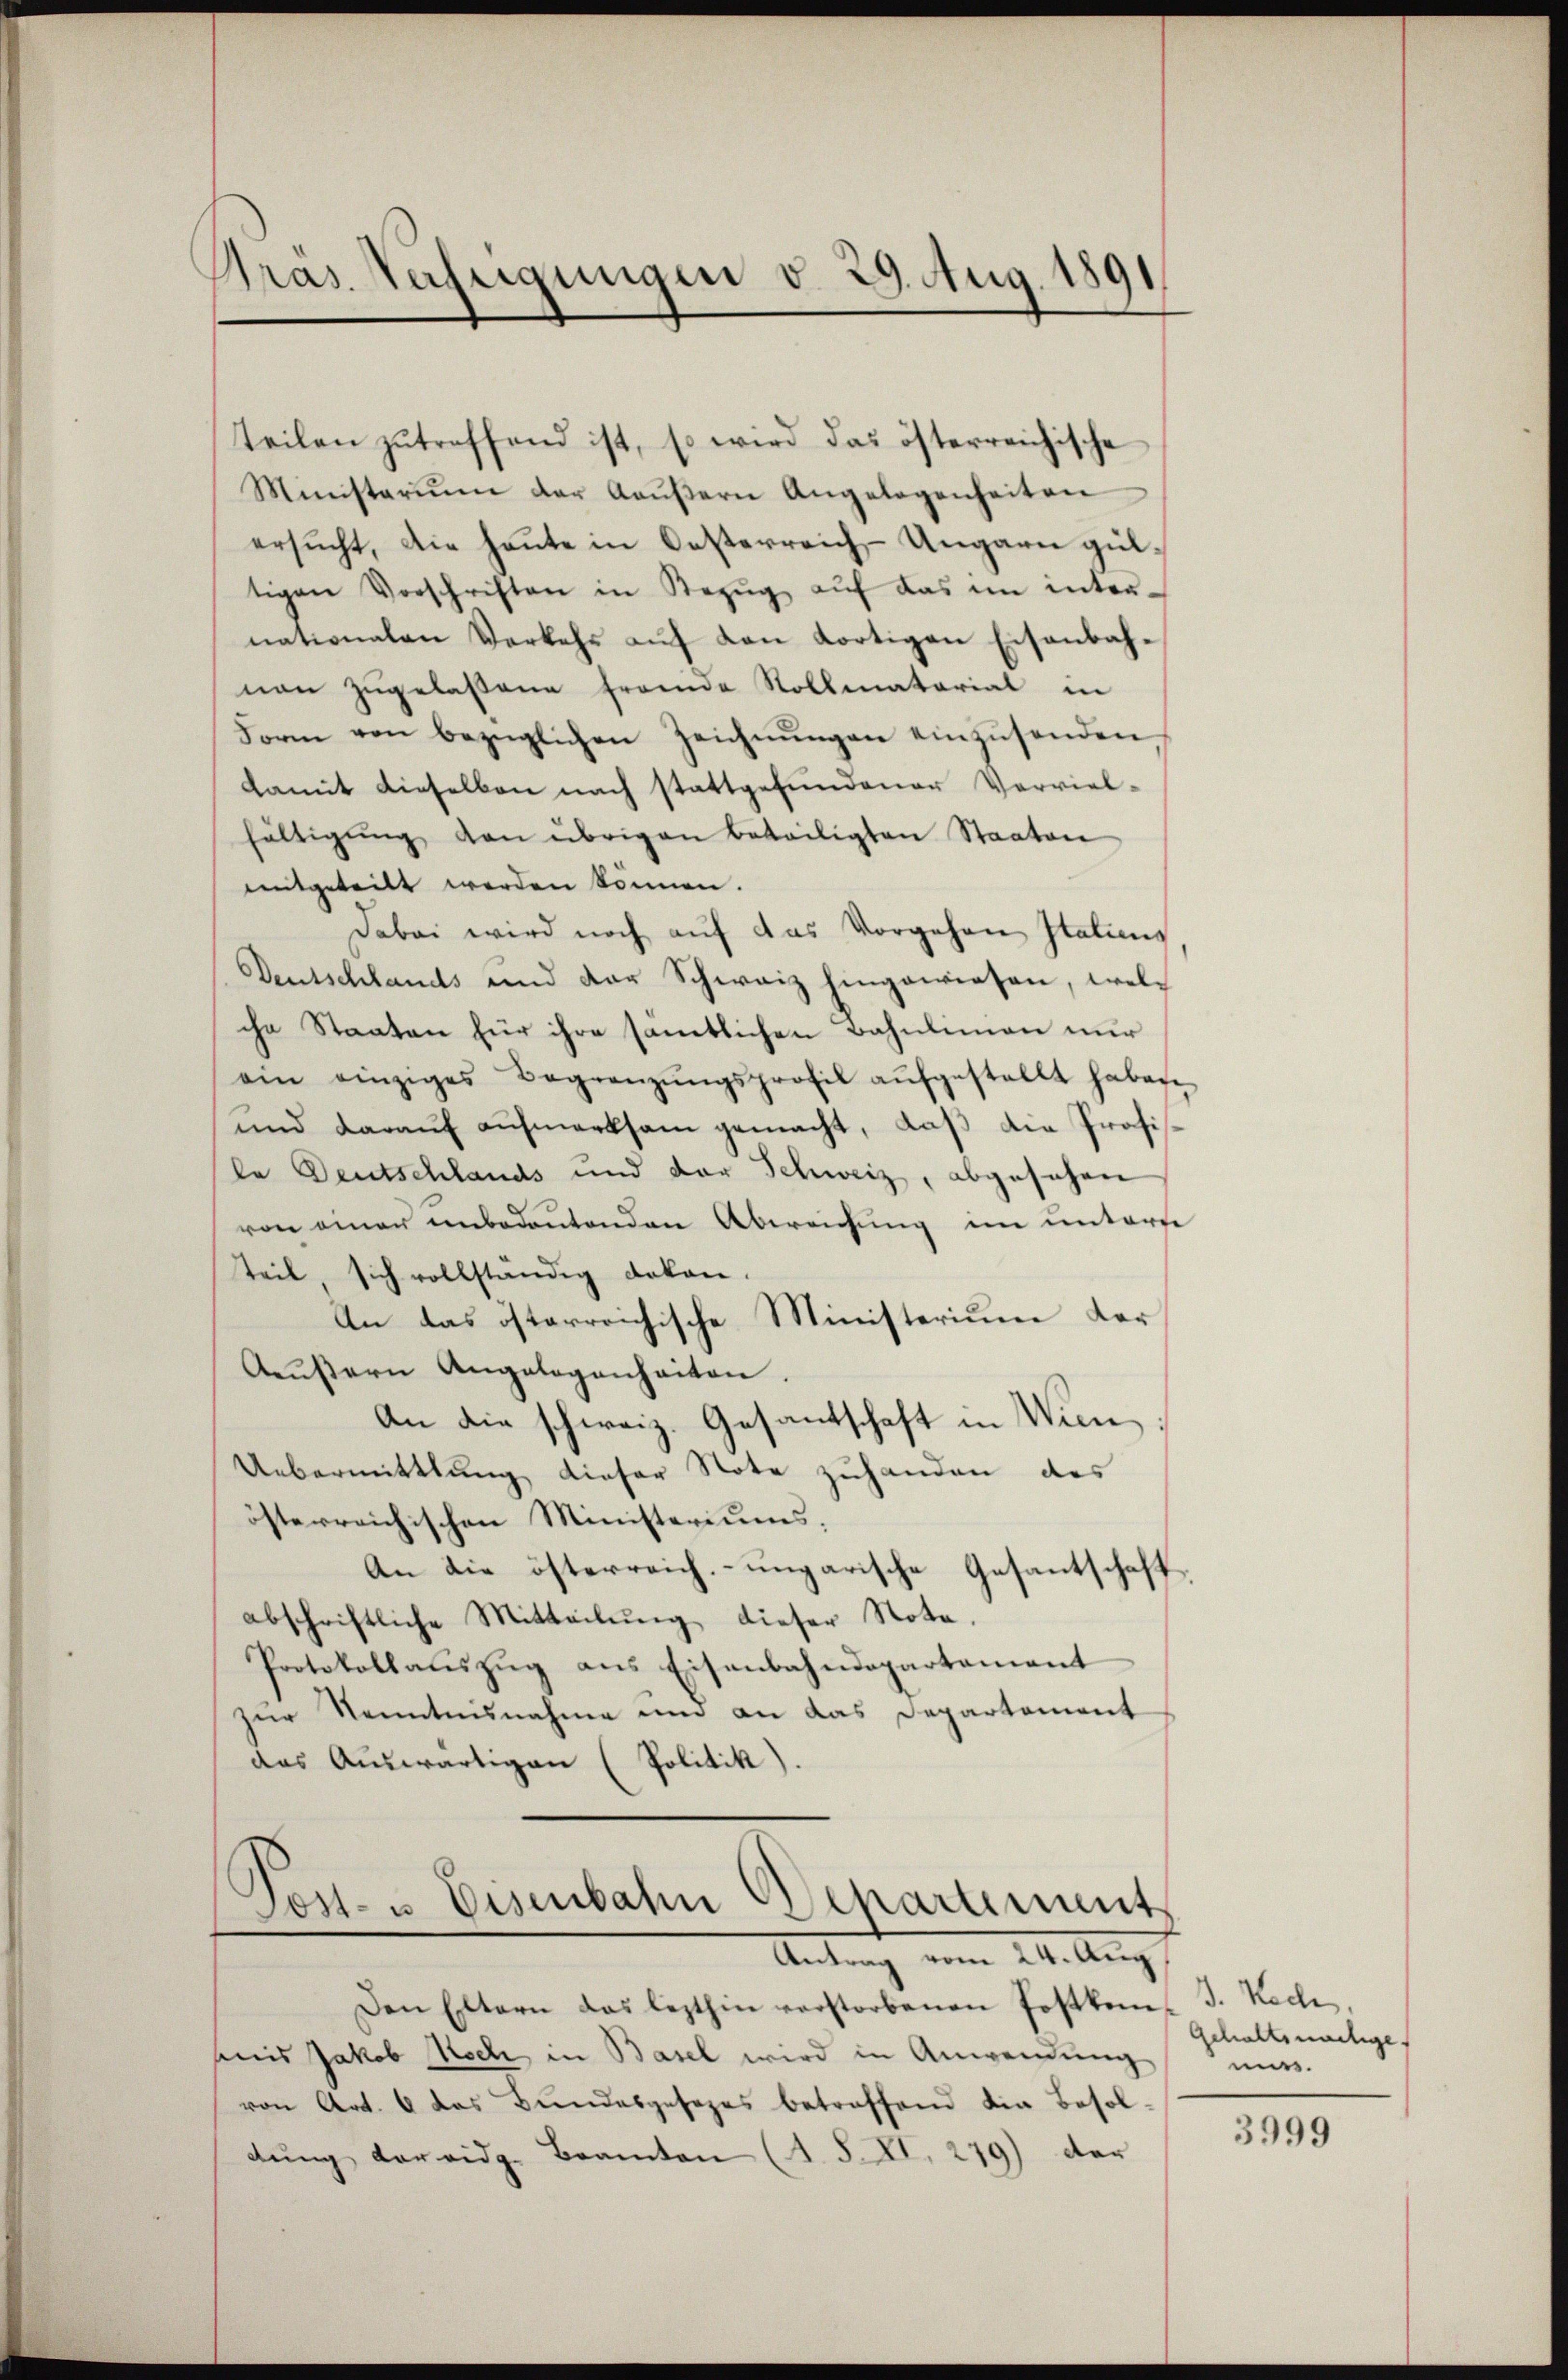
Bras. Verfügungen v. 29. Aug 1891

teilen zutreffend ist, so wird das österreichische
Ministerium der Aaŭβern Angelegenheiten
ersucht, die heute in Oesterreich-Ungarn gültigen Vorschriften in Bezŭg aŭf das im inter-
nationalen Verkehr aŭf den dortigen Eisenbahnen zugelassene Fremde Rollmatorial in
Form von bezüglichen Zeichnŭngen einzŭsenden
damit dieselben nach stattgefundener Verviel-
fältigŭng den übrigen Beteiligten Staaten
mitgeteilt werden können.
Dabei wird noch auf das Vorgehen Italiens
Deutschlandts und der Schweiz hingewiesen, welche Staaten für ihre sämtlichen Bahnlinien nur
ain einziges Begränzŭngsprofil aŭfgestellt haben
und darauf aufmerksam gemacht, daß die Präsile Deutschlands und der Schweiz, abgesehen
von einer unbedeutenden Abweichung im unterre
teil sich vollständig dokan.
An das österreichische Ministerium der
Aeŭβern Angelegenhaiten.
An die schweiz. Gesantschaft in Wien,
Uebermittlung dieser Note zuhanden des
österreichischen Ministeriums,
An die österreich, ungarische Gesantschaft
abschriftliche Mitteilŭng dieser Nota.
Protokollaŭszŭg ans Eisenbahndepartament
zur Kenntnisnahme um an das Departement
das Auswärtigen (Politik).

Post- u Eisenbahn Departement
Antrag vom 24. Aug.

Den Eltern das lezthin verstorbenen Postkom J. Rech
mis Jakob Koch in Basel wird in Anwendung
von Art. 6 das Bundesgesezes betroffend die Besoldŭng der eidg. Beamten (1. S. XI. 279) der

Gehaltsmachige.
mun.

3999